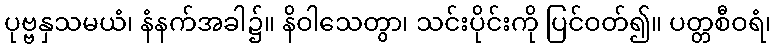
ပုဗ္ဗနှသမယံ၊ နံနက်အခါ၌။ နိဝါသေတွာ၊ သင်းပိုင်းကို ပြင်ဝတ်၍။ ပတ္တစီဝရံ၊